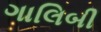
ગાલિબી